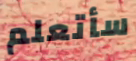
سأتعلم